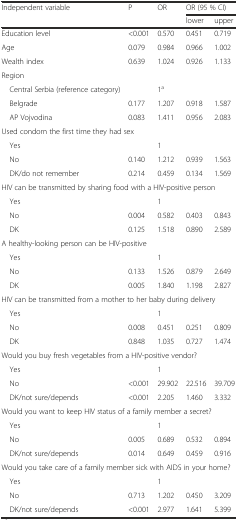
<table><thead><tr><td rowspan="2"><b>Independent variable</b></td><td rowspan="2"><b>P</b></td><td rowspan="2"><b>OR</b></td><td colspan="2"><b>OR (95 % CI)</b></td></tr><tr><td><b>lower</b></td><td><b>upper</b></td></tr></thead><tbody><tr><td>Education level</td><td>&lt;0.001</td><td>0.570</td><td>0.451</td><td>0.719</td></tr><tr><td>Age</td><td>0.079</td><td>0.984</td><td>0.966</td><td>1.002</td></tr><tr><td>Wealth index</td><td>0.639</td><td>1.024</td><td>0.926</td><td>1.133</td></tr><tr><td colspan="5">Region</td></tr><tr><td> Central Serbia (reference category)</td><td></td><td>1<sup>a</sup></td><td></td><td></td></tr><tr><td> Belgrade</td><td>0.177</td><td>1.207</td><td>0.918</td><td>1.587</td></tr><tr><td> AP Vojvodina</td><td>0.083</td><td>1.411</td><td>0.956</td><td>2.083</td></tr><tr><td colspan="5">Used condom the first time they had sex</td></tr><tr><td> Yes</td><td></td><td>1</td><td></td><td></td></tr><tr><td> No</td><td>0.140</td><td>1.212</td><td>0.939</td><td>1.563</td></tr><tr><td> DK/do not remember</td><td>0.214</td><td>0.459</td><td>0.134</td><td>1.569</td></tr><tr><td colspan="5">HIV can be transmitted by sharing food with a HIV-positive person</td></tr><tr><td> Yes</td><td></td><td>1</td><td></td><td></td></tr><tr><td> No</td><td>0.004</td><td>0.582</td><td>0.403</td><td>0.843</td></tr><tr><td> DK</td><td>0.125</td><td>1.518</td><td>0.890</td><td>2.589</td></tr><tr><td colspan="5">A healthy-looking person can be HIV-positive</td></tr><tr><td> Yes</td><td></td><td>1</td><td></td><td></td></tr><tr><td> No</td><td>0.133</td><td>1.526</td><td>0.879</td><td>2.649</td></tr><tr><td> DK</td><td>0.005</td><td>1.840</td><td>1.198</td><td>2.827</td></tr><tr><td colspan="5">HIV can be transmitted from a mother to her baby during delivery</td></tr><tr><td> Yes</td><td></td><td>1</td><td></td><td></td></tr><tr><td> No</td><td>0.008</td><td>0.451</td><td>0.251</td><td>0.809</td></tr><tr><td> DK</td><td>0.848</td><td>1.035</td><td>0.727</td><td>1.474</td></tr><tr><td colspan="5">Would you buy fresh vegetables from a HIV-positive vendor?</td></tr><tr><td> Yes</td><td></td><td>1</td><td></td><td></td></tr><tr><td> No</td><td>&lt;0.001</td><td>29.902</td><td>22.516</td><td>39.709</td></tr><tr><td> DK/not sure/depends</td><td>&lt;0.001</td><td>2.205</td><td>1.460</td><td>3.332</td></tr><tr><td colspan="5">Would you want to keep HIV status of a family member a secret?</td></tr><tr><td> Yes</td><td></td><td>1</td><td></td><td></td></tr><tr><td> No</td><td>0.005</td><td>0.689</td><td>0.532</td><td>0.894</td></tr><tr><td> DK/not sure/depends</td><td>0.014</td><td>0.649</td><td>0.459</td><td>0.916</td></tr><tr><td colspan="5">Would you take care of a family member sick with AIDS in your home?</td></tr><tr><td> Yes</td><td></td><td>1</td><td></td><td></td></tr><tr><td> No</td><td>0.713</td><td>1.202</td><td>0.450</td><td>3.209</td></tr><tr><td> DK/not sure/depends</td><td>&lt;0.001</td><td>2.977</td><td>1.641</td><td>5.399</td></tr></tbody></table>